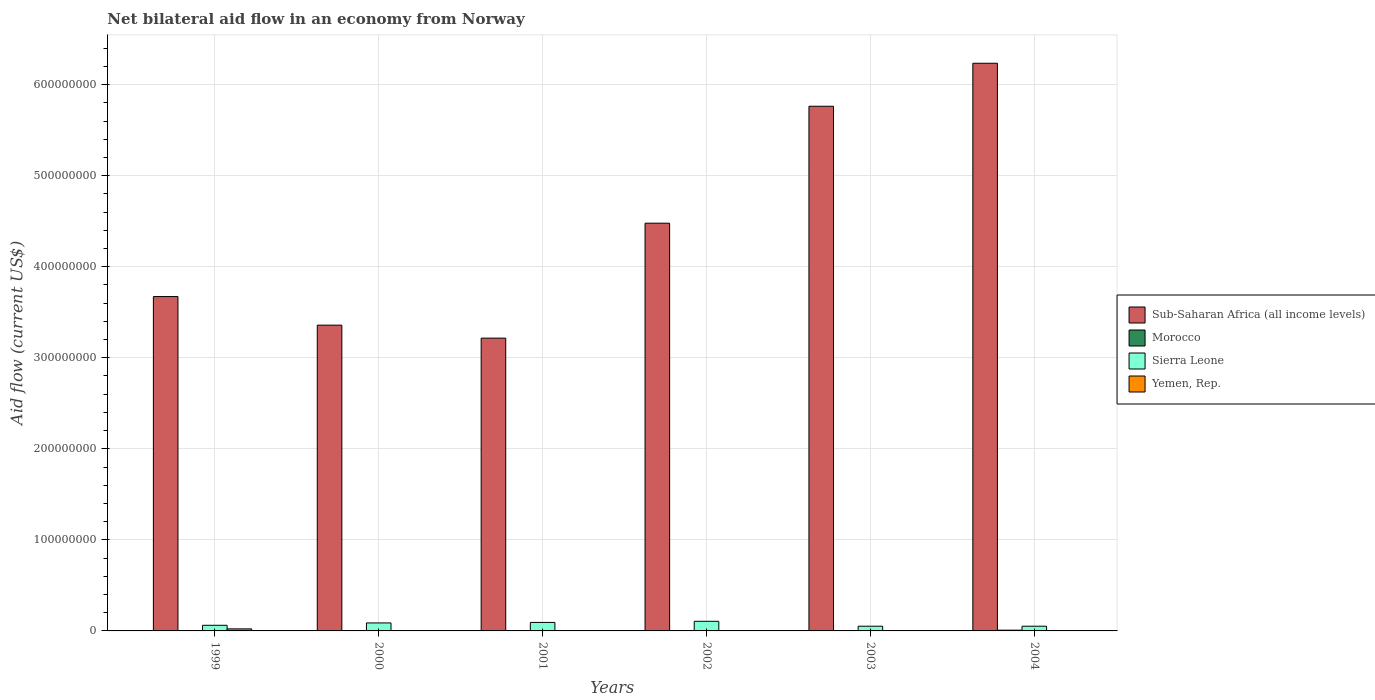
| Years | Sub-Saharan Africa (all income levels) | Morocco | Sierra Leone | Yemen, Rep. |
 | --- | --- | --- | --- | --- |
 | 1999 | 3.67e+08 | 4e+04 | 6.18e+06 | 2.25e+06 |
 | 2000 | 3.36e+08 | 1.2e+05 | 8.77e+06 | 1.1e+05 |
 | 2001 | 3.22e+08 | 9e+04 | 9.33e+06 | 5e+04 |
 | 2002 | 4.48e+08 | 1.7e+05 | 1.06e+07 | 3.5e+05 |
 | 2003 | 5.76e+08 | 3.6e+05 | 5.18e+06 | 3.1e+05 |
 | 2004 | 6.23e+08 | 8.3e+05 | 5.17e+06 | 4.3e+05 |